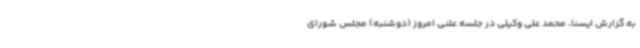
به گزارش ایسنا، محمد علی وکیلی در جلسه علنی امروز (دوشنبه) مجلس شورای